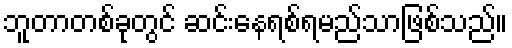
ဘူတာတစ်ခုတွင် ဆင်းနေရစ်ရမည်သာဖြစ်သည်။